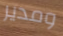
ومدير